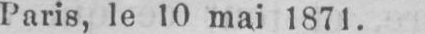
Paris, le 10 mai 1871.